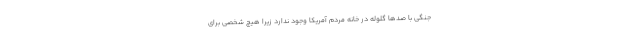
جنگی با صدها گلوله در خانه مردم آمریکا وجود ندارد زیرا هیچ شخصی برای